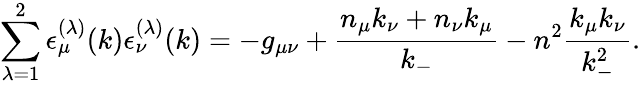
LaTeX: \sum_{{\lambda}=1}^{2}{\epsilon}_{\mu}^{({\lambda})}(k){\epsilon}_{\nu}^{({\lambda})}(k)=-g_{{\mu}{\nu}}+\frac{n_{\mu}k_{\nu}+n_{\nu}k_{\mu}}{k_{-}}-n^{2}\frac{k_{\mu}k_{\nu}}{k_{-}^{2}}.